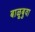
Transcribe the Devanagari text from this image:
बाळूबुवा